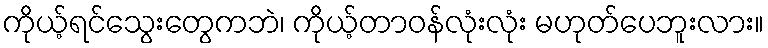
ကိုယ့်ရင်သွေးတွေကဘဲ၊ ကိုယ့်တာဝန်လုံးလုံး မဟုတ်ပေဘူးလား။